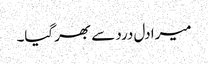
میرا دل درد سے بھر گیا۔